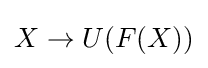
X\to U(F(X))